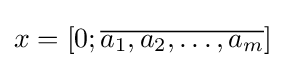
x=[0;{\overline {a_{1},a_{2},\dots ,a_{m}}}]